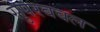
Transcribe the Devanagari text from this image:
सुपरबबल